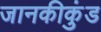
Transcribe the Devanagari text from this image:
जानकीकुंड